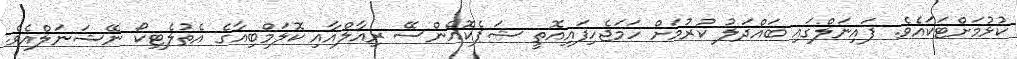
ކުޅުމަށްޓަކައެވެ. ފައިނަލްގައި ބައްދަލު ކުރުމަށް ހަމަޖެހިފައިއޮތީ ޝަޕެކޮއެންސޭ ރިއާލްއާއި ކޮލަމްބިއާގެ އެތުލެޓިކޯ ނޭޝަނަލްއެވެ.